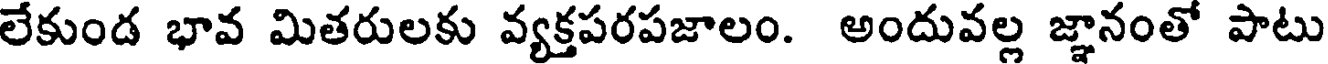
లేకుండ భావ మితరులకు వ్యక్తపరపజాలం. అందువల్ల జ్ఞానంతో పాటు